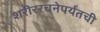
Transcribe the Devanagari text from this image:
शरीररचनेपर्यंतची